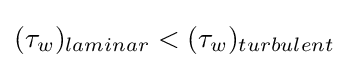
({\tau _{w}})_{laminar}<({\tau _{w}})_{turbulent}